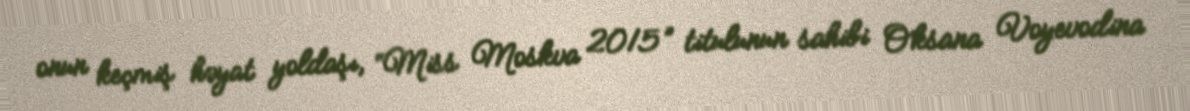
onun keçmiş həyat yoldaşı, “Miss Moskva 2015” titulunun sahibi Oksana Voyevodina